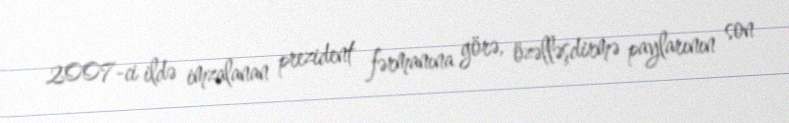
2007-ci ildə imzalanan prezident fərmanına görə, özəlləşdirmə paylarının son